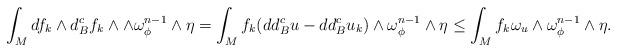
LaTeX: \begin{align*}\int_M d f_k\wedge d^c_B f_k\wedge \wedge \omega_\phi^{n-1}\wedge \eta=\int_M f_k (dd^c_B u-dd^c_B u_k)\wedge \omega_\phi^{n-1}\wedge \eta\leq \int_M f_k \omega_u\wedge \omega_\phi^{n-1}\wedge \eta.\end{align*}